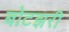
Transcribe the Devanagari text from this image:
बोटझरी